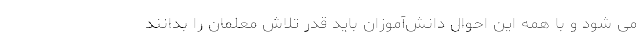
می شود و با همه این احوال دانش‌آموزان باید قدر تلاش معلمان را بدانند